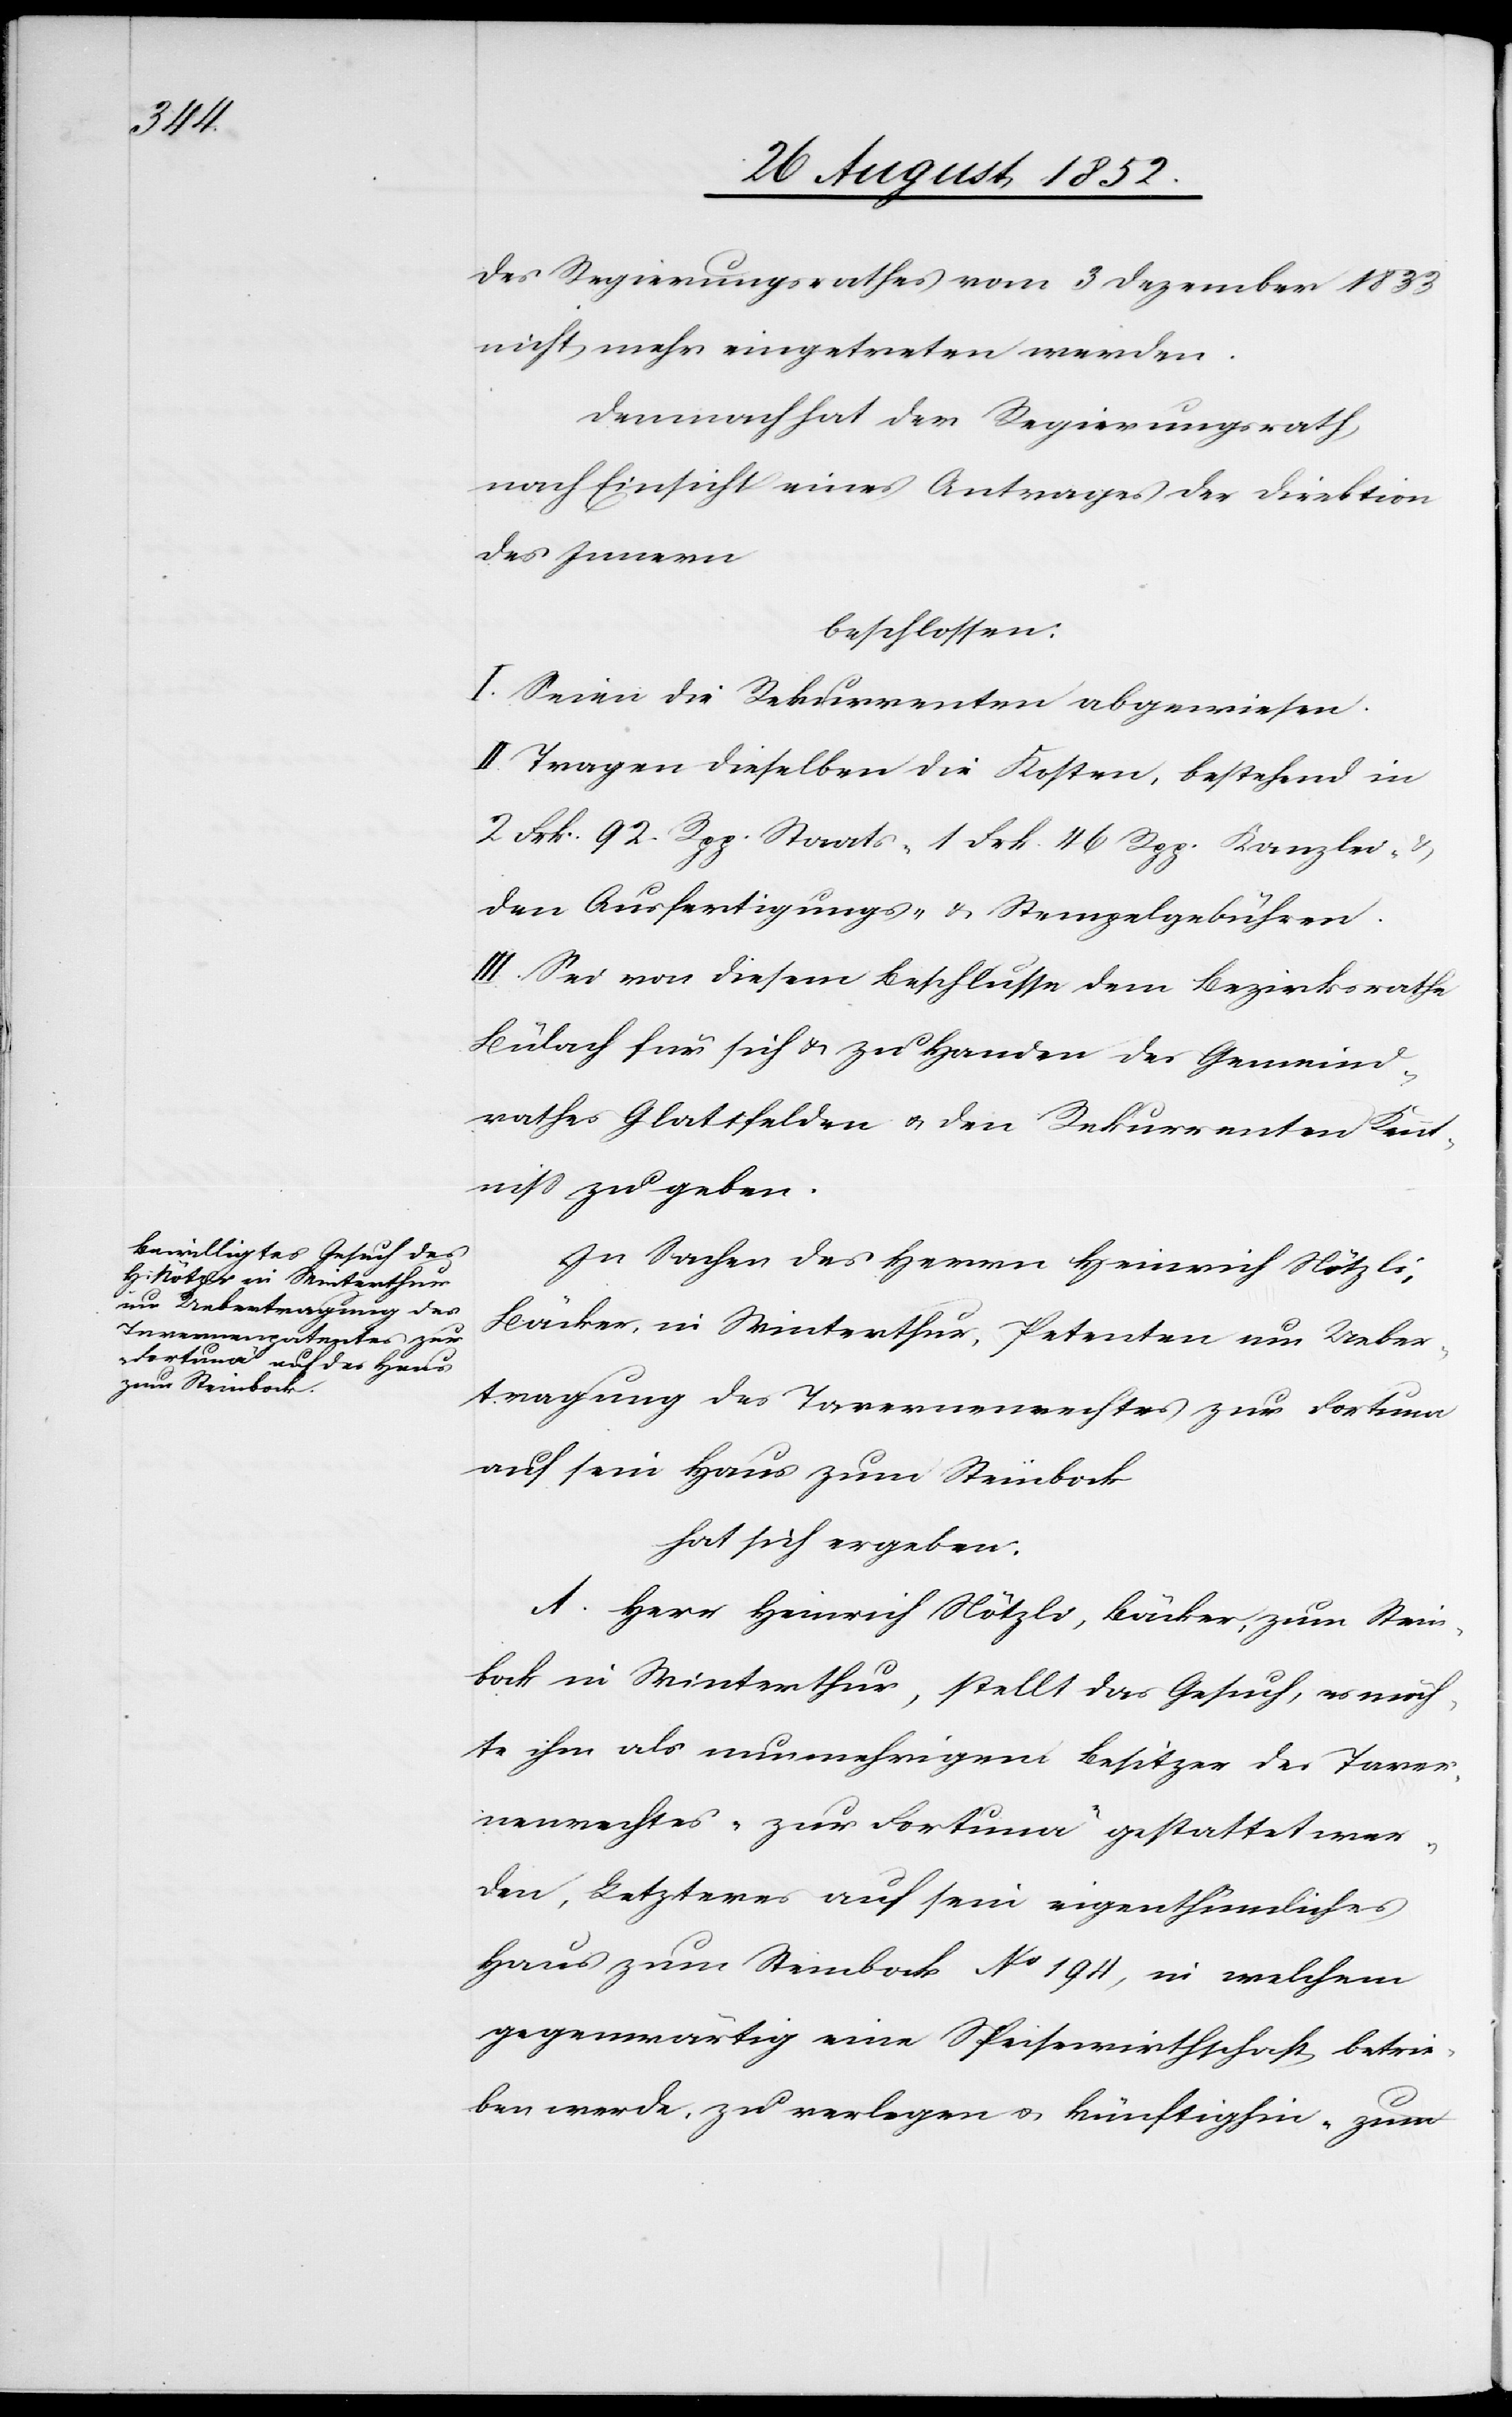
des Regierungsrathes vom 3 Dezember 1833
nicht mehr eingetreten werden.
Demnach hat der Regierungsrath,
nach Einsicht eines Antrages der Direktion
des Innern
beschlossen:
I. Seien die Rekurrenten abgewiesen.
II. Tragen dieselben die Kosten, bestehend in
2 Frk. 92. Rpp. Staats-[,] 1 Frk. 46 Rpp. Kanzlei- &
den Ausfertigungs- & Stempelgebühren.
III. Sei von diesem Beschlusse dem Bezirksrathe
Bülach für sich & zu Handen des Gemeind¬
rathes Glattfelden & den Rekurrenten Kennt¬
niss zu geben.
In Sachen des Herrn Heinrich Nötzli,
Bäcker, in Winterthur, Petenten um Ueber¬
tragung des Tavernenrechtes zur Fortuna
auf sein Haus zum Steinbock
hat sich ergeben:
A. Herr Heinrich Nötzli, Bäcker, zum Stein¬
bock in Winterthur, stellt das Gesuch, es möch¬
te ihm als nunmehrigem Besitzer des Taver¬
nenrechtes „zur Fortuna“ gestattet wer¬
den, Letzteres auf sein eigenthümliches
Haus zum Steinbock No 194, in welchem
gegenwärtig eine Speisewirthschaft betrie¬
ben werde, zu verlegen & künftighin „zum